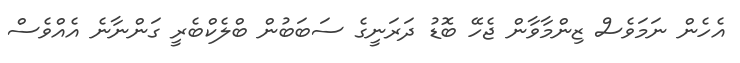
އެހެން ނަމަވެސް ޒިންމާވާން ޖެހޭ ބޮޑު ދަރަނީގެ ސަބަބުން ބްލެކްބެރީ ގަންނާނެ އެއްވެސް